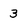
Character: 3